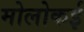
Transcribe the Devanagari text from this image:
मोलोकई